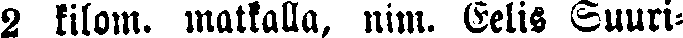
2 kilom. matkalla, nim. Eelis Suuri-